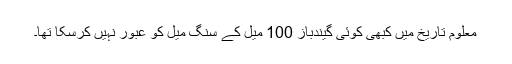
معلوم تاریخ میں کبھی کوئی گیندباز 100 میل کے سنگ میل کو عبور نہیں کرسکا تھا۔